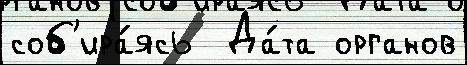
соб'ира́ясь  Да́та органов